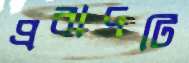
প্রবাদটি